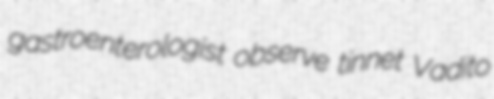
gastroenterologist observe tinnet Vadito